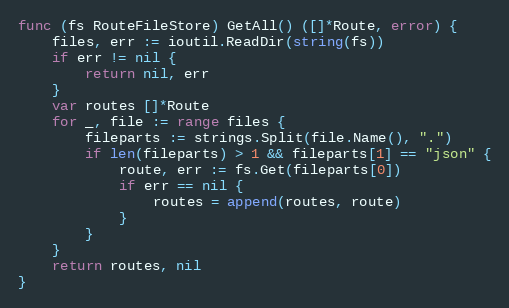
Language: Go
func (fs RouteFileStore) GetAll() ([]*Route, error) {
	files, err := ioutil.ReadDir(string(fs))
	if err != nil {
		return nil, err
	}
	var routes []*Route
	for _, file := range files {
		fileparts := strings.Split(file.Name(), ".")
		if len(fileparts) > 1 && fileparts[1] == "json" {
			route, err := fs.Get(fileparts[0])
			if err == nil {
				routes = append(routes, route)
			}
		}
	}
	return routes, nil
}